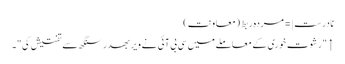
نادرست |=مردہ ربط (معاونت)
↑ "رشوت خوری کے معاملے میں سی بی آئی نے ویر بھدر سنگھ سے تفتیش کی"۔